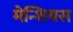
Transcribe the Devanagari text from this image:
मेन्शियस